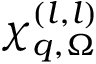
\chi _ { \boldsymbol { q } , \Omega } ^ { ( l , l ) }